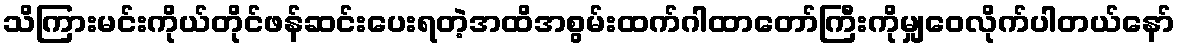
သိကြားမင်းကိုယ်တိုင်ဖန်ဆင်းပေးရတဲ့အထိအစွမ်းထက်ဂါထာတော်ကြီးကိုမျှဝေလိုက်ပါတယ်နော်